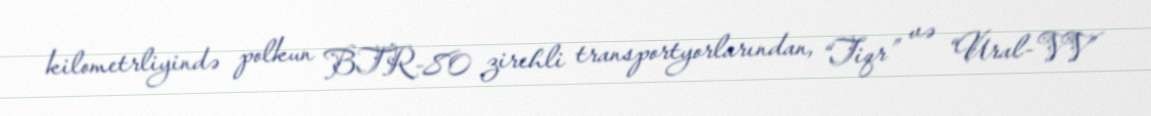
kilometrliyində polkun BTR-80 zirehli transportyorlarından, “Tiqr” və “Ural-VV”